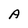
Character: A